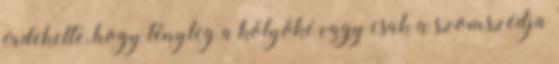
érdekelte, hogy tényleg a kölyöké vagy csak a szomszédja